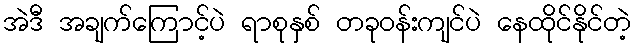
အဲဒီ အချက်ကြောင့်ပဲ ရာစုနှစ် တခုဝန်းကျင်ပဲ နေထိုင်နိုင်တဲ့